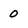
Character: 0